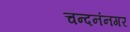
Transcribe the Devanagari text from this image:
चन्दनंनगर